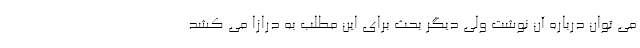
می توان درباره آن نوشت ولی دیگر بحث برای این مطلب به درازا می کشد